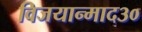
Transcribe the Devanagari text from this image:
विजयान्माद३०